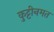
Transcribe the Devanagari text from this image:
कुट्टीनमत